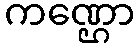
ကဏ္ဌော